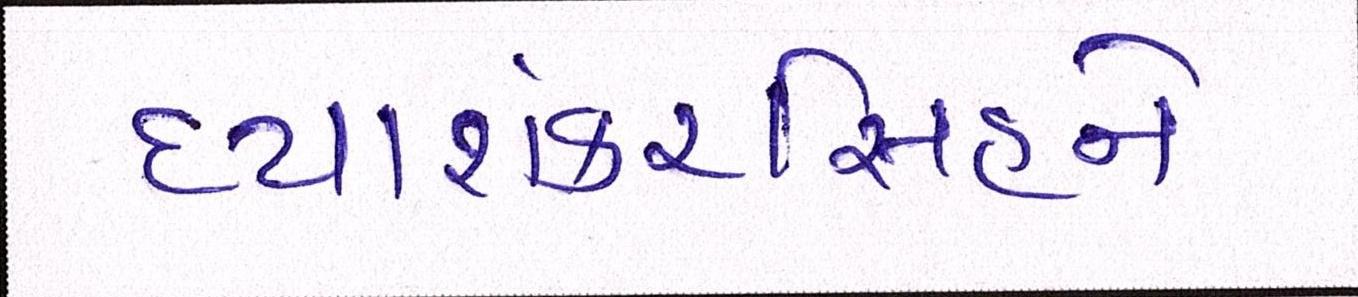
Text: દયાશંકરિંસહને